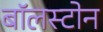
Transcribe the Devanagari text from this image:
बॉलस्टोन